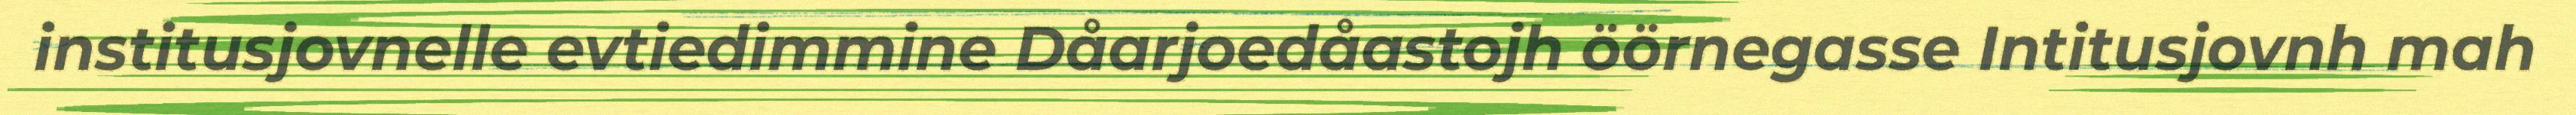
institusjovnelle evtiedimmine Dåarjoedåastojh öörnegasse Intitusjovnh mah